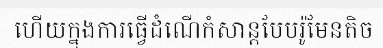
ហើយក្នុងការធ្វើដំណើកំសាន្តបែបរ៉ូមែនតិច